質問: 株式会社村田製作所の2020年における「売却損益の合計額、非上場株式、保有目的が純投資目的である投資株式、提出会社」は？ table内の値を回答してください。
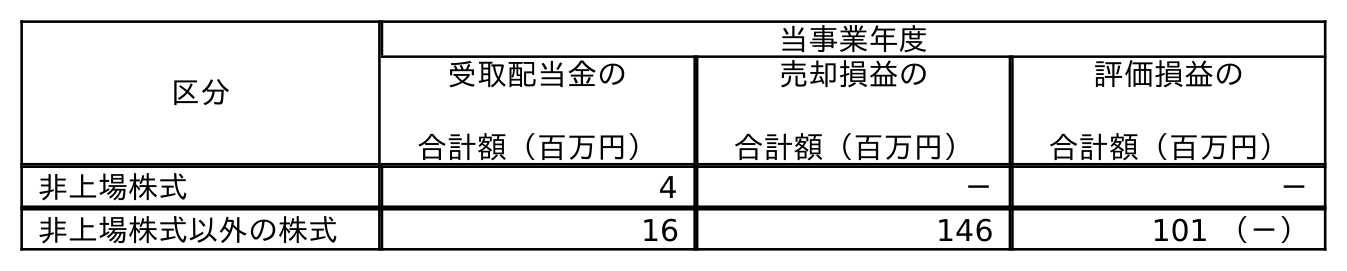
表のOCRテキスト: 区分 当事業年度 受取配当金の 合計額（百万円） 売却損益の 合計額（百万円） 評価損益の 合計額（百万円） 非上場株式 4 － － 非上場株式以外の株式 16 146 101 （－）
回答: －